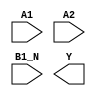
module sky130_fd_sc_ms__a21boi (
    //# {{data|Data Signals}}
    input  A1  ,
    input  A2  ,
    input  B1_N,
    output Y
);

    // Voltage supply signals
    supply1 VPWR;
    supply0 VGND;
    supply1 VPB ;
    supply0 VNB ;

endmodule